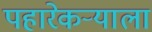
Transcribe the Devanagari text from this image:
पहारेकर्‍याला